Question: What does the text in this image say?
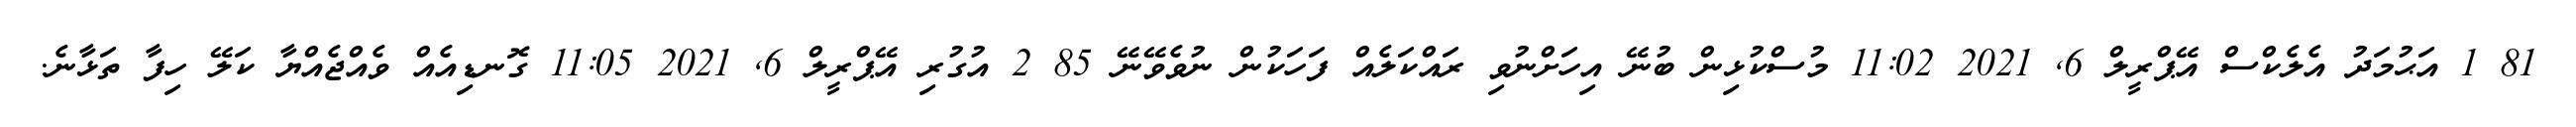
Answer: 81 1 އަޙުމަދު އެލެކްސް އޭޕްރީލް 6, 2021 11:02 މުސްކުޅިން ބުނޭ އިހަށްނުވި ރައްކަލެއް ފަހަކުން ނުވެވޭނޭ 85 2 އުގުރި އޭޕްރީލް 6, 2021 11:05 ގޮނޑިއެއް ވެއްޖެއްޔާ ކަލޭ ހިފާ ތަޅާނެ.